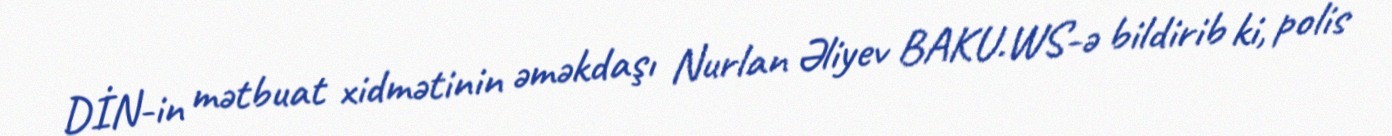
DİN-in mətbuat xidmətinin əməkdaşı Nurlan Əliyev BAKU.WS-ə bildirib ki, polis